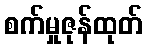
စက်မှုဇုန်ထုတ်